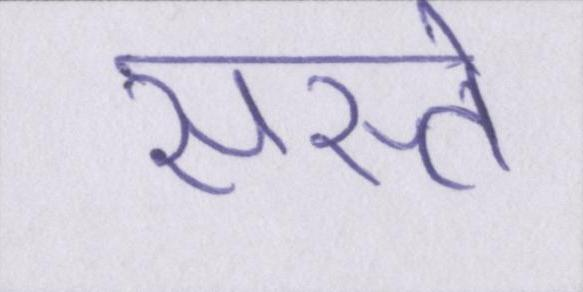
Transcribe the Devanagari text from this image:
सस्ते